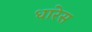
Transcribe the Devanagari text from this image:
धारेस